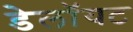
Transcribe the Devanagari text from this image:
डेलॉयट